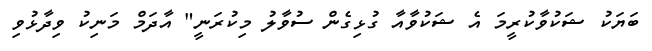
ބަޔަކު ޝަކުވާކުރީމަ އެ ޝަކުވާއާ ގުޅިގެން ސުވާލު މިކުރަނީ" އާދަމް މަނިކު ވިދާޅުވި